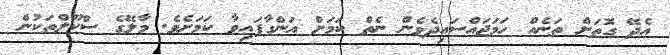
އެދޭ ގޮތަށް ތަނެއް ހަމަޖައްސައިދެވެން ނެތް ކަމަށް އަންގާފައިވާ ކަމަށެވެ. މާލޭގެ ސްކޫލްތަކުން